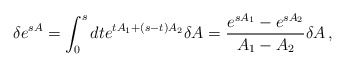
\begin{align*}\delta e^{s A}= \int_0^s dt e^{t A_1+ (s-t)A_2}\delta A = \frac{e^{s A_1}-e^{s A_2}}{A_1-A_2}\delta A \,,\end{align*}